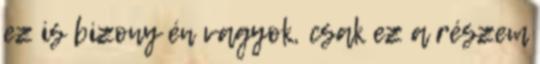
ez is bizony én vagyok, csak ez a részem